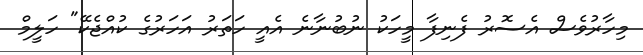
މިހާރުވެސް އެސޮރު ފެނިފާ މީހަކު ނުބުނާނެ އެއީ ހަތަރު އަހަރުގެ ކުއްޖެކޭ" ހަލީމް